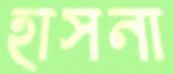
হাসনা